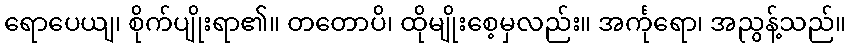
ရောပေယျ၊ စိုက်ပျိုးရာ၏။ တတောပိ၊ ထိုမျိုးစေ့မှလည်း။ အင်္ကုရော၊ အညွန့်သည်။